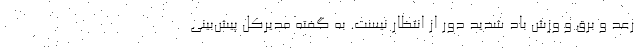
رعد و برق و وزش باد شدید دور از انتظار نیست. به گفته مدیرکل پیش‌بینی